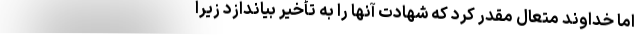
اما خداوند متعال مقدر کرد که شهادت آنها را به تأخیر بیاندازد زیرا